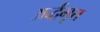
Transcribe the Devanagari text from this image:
अर्द्धमृत